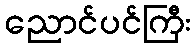
ညောင်ပင်ကြီး